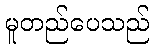
မူတည်ပေသည်